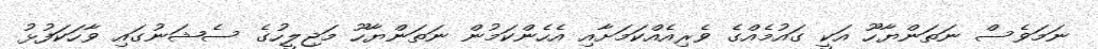
ނަމަވެސް ނަތަންޔާހޫ އަކީ ގައުމެއްގެ ވެރިއެއްކަމަށާއި އެހެންކަމުން ނަތަންޔާހޫ މަޖިލީހުގެ ސެޝަނުގައި ވާހަކަފުޅު